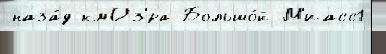
наза́д кмОз'́ра Большо́й М'иасс1